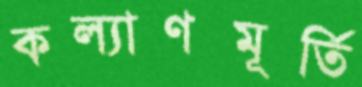
কল্যাণমূর্তি